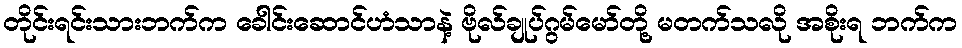
တိုင်းရင်းသားဘက်က ခေါင်းဆောင်ဟံသာနဲ့ ဗိုလ်ချုပ်ဂွမ်မော်တို့ မတက်သလို အစိုးရ ဘက်က